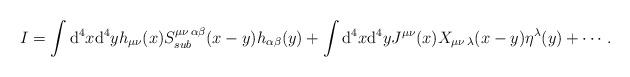
LaTeX: \begin{align*}I = \int {\rm d}^4 x {\rm d}^4 y h_{\mu\nu}(x) S_{sub}^{\mu\nu\,\alpha\beta}(x-y) h_{\alpha\beta}(y) + \int {\rm d}^4 x {\rm d}^4 y J^{\mu\nu}(x) X_{\mu\nu\, \lambda}(x-y) \eta^{\lambda}(y) + \cdots.\end{align*}